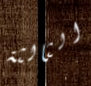
الثالثة